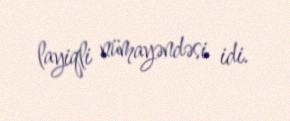
layiqli nümayəndəsi idi.